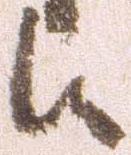
候